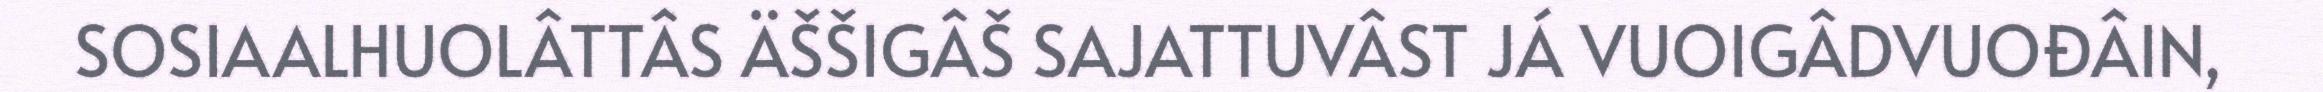
SOSIAALHUOLÂTTÂS ÄŠŠIGÂŠ SAJATTUVÂST JÁ VUOIGÂDVUOĐÂIN,